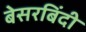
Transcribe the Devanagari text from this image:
बेसरबिंदी